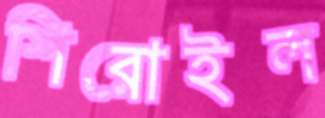
শিরোইল